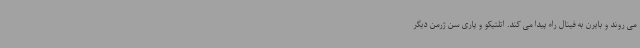
می روند و بایرن به فینال راه پیدا می کند. اتلتیکو و پاری سن ژرمن دیگر